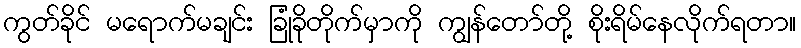
ကွတ်ခိုင် မရောက်မချင်း ခြုံခိုတိုက်မှာကို ကျွန်တော်တို့ စိုးရိမ်နေလိုက်ရတာ။